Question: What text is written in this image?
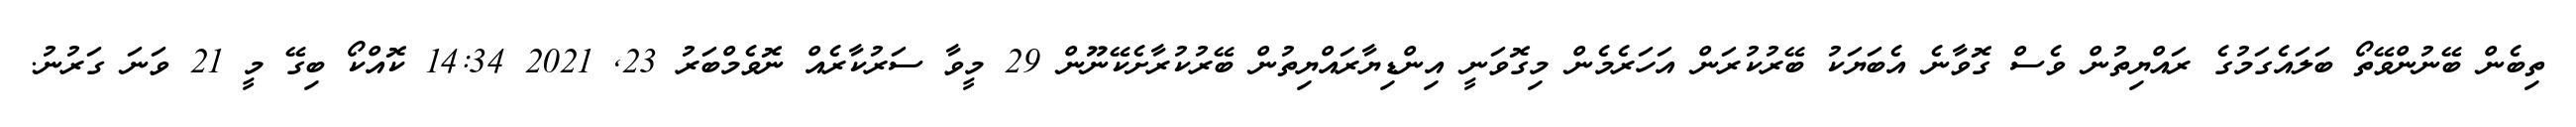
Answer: ތިބެން ބޭނުންވޭތޯ ބަލައެގަމުގެ ރައްޔިތުން ވެސް ގޮވާނެ އެބަޔަކު ބޭރުކުރަން އަހަރެމެން މިގޮވަނީ އިންޑިޔާރައްޔިތުން ބޭރުކުރާށެކޭނޫން 29 މީވާ ސަރުކާރެއް ނޮވެމްބަރު 23, 2021 14:34 ކޮއްކޯ ބިގޭ މީ 21 ވަނަ ގަރުނު.